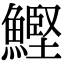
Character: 鰹